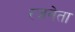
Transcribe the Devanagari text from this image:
रजनेता